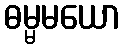
ဓမ္မမယော